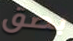
بصق